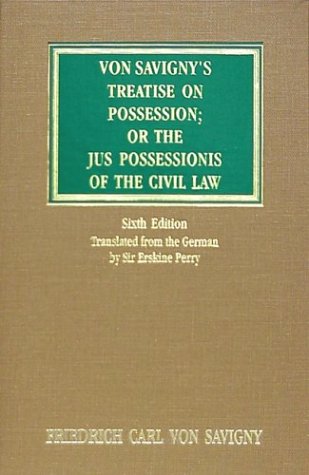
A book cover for Von Savigny's Treatise on Possession; Or The, Jus Possessionis of the Civil Law; Friedrich Karl Von Savigny; Law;